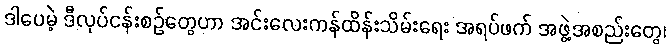
ဒါပေမဲ့ ဒီလုပ်ငန်းစဉ်တွေဟာ အင်းလေးကန်ထိန်းသိမ်းရေး အရပ်ဖက် အဖွဲ့အစည်းတွေ၊